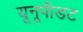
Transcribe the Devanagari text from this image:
यूनूपीडट